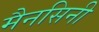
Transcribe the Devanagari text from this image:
मैनसिनी